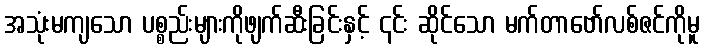
အသုံးမကျသော ပစ္စည်းများကိုဖျက်ဆီးခြင်းနှင့် ၎င်း ဆိုင်သော မက်တာဗော်လစ်ဇင်ကိုမူ